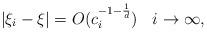
LaTeX: \begin{align*}|\xi_i - \xi| = O(c_i^{-1-\frac{1}{d}})\;\,\;\,i\to\infty,\end{align*}